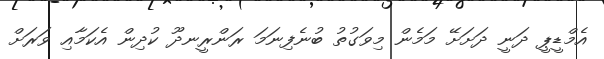
އެމްޑީޕީ ދަނީ ދަށަށޭ މަމެން މިވަގުތު ބުނެފިނަމަ ރަންރީނދޫ ކުދިން އެކަމާއި ވަރަށް